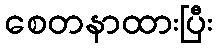
စေတနာထားပြီး